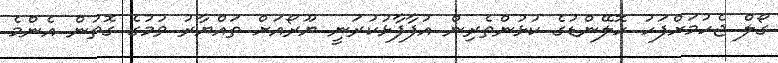
ގޯލް ޖެހުމަށްފަހު ހޮލޭންޑުގެ ކުޅުންތެރިން އުފާފާޅުކުރަނީ ޔޫރޯއަށް ތައްޔާރު ވުމުގެ ގޮތުން އެންމެ